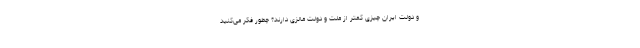
و دولت ایران چیزی کمتر از ملت و دولت مالزی دارند؟ چطور فکر می‌کنید